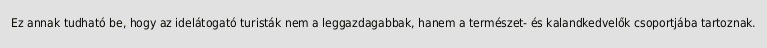
Ez annak tudható be, hogy az idelátogató turisták nem a leggazdagabbak, hanem a természet- és kalandkedvelők csoportjába tartoznak.